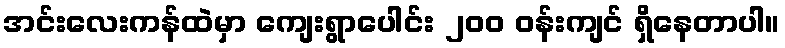
အင်းလေးကန်ထဲမှာ ကျေးရွာပေါင်း ၂၀၀ ဝန်းကျင် ရှိနေတာပါ။